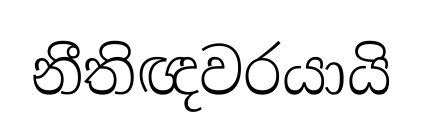
නීතිඥවරයායි